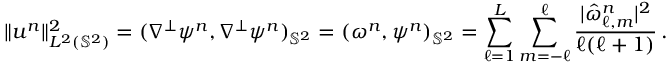
\lVert \boldsymbol { u } ^ { n } \rVert _ { L ^ { 2 } ( \mathbb { S } ^ { 2 } ) } ^ { 2 } = ( \nabla ^ { \perp } \psi ^ { n } , \nabla ^ { \perp } \psi ^ { n } ) _ { \mathbb { S } ^ { 2 } } = ( \omega ^ { n } , \psi ^ { n } ) _ { \mathbb { S } ^ { 2 } } = \sum _ { \ell = 1 } ^ { L } \sum _ { m = - \ell } ^ { \ell } \frac { | \hat { \omega } _ { \ell , m } ^ { n } | ^ { 2 } } { \ell ( \ell + 1 ) } \, .